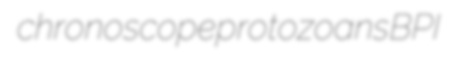
chronoscope protozoans BPI